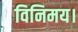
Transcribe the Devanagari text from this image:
विनिमय।